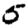
Digit: 5